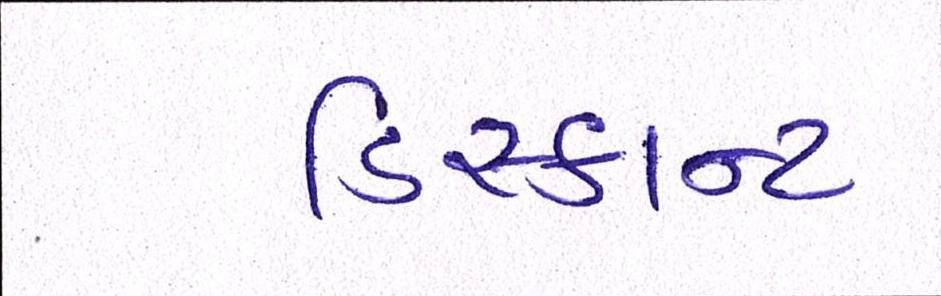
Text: ડિસ્કાન્ટ